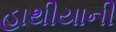
હાથીયાની